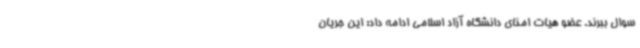
سوال ببرند. عضو هیات امنای دانشگاه آزاد اسلامی ادامه داد: این جریان